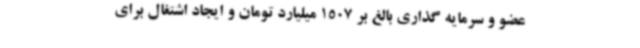
عضو و سرمایه گذاری بالغ بر 1507 میلیارد تومان و ایجاد اشتغال برای